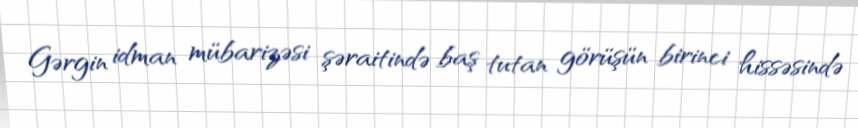
Gərgin idman mübarizəsi şəraitində baş tutan görüşün birinci hissəsində